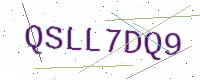
Text: QSLL7DQ9